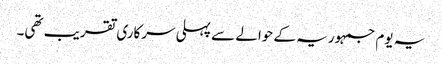
یہ یوم جمہوریہ کے حوالے سے پہلی سرکاری تقریب تھی۔